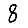
Digit: 8